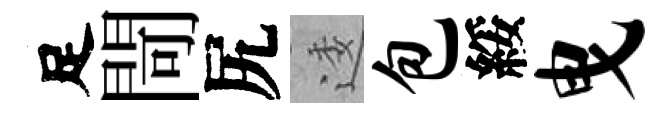
足閜尻逶包綏曳